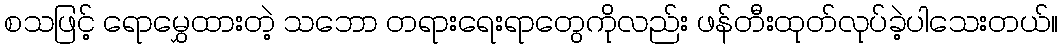
စသဖြင့် ရောမွှေထားတဲ့ သဘော တရားရေးရာတွေကိုလည်း ဖန်တီးထုတ်လုပ်ခဲ့ပါသေးတယ်။